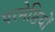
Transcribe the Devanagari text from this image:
परमेष्ठियों